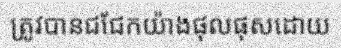
ត្រូវបានជជែកយ៉ាងផុលផុសដោយ